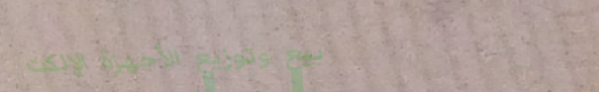
بيع وتوزيع الأجهزة الإلكت